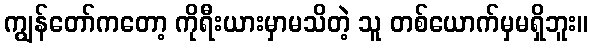
ကျွန်တော်ကတော့ ကိုရီးယားမှာမသိတဲ့ သူ တစ်ယောက်မှမရှိဘူး။